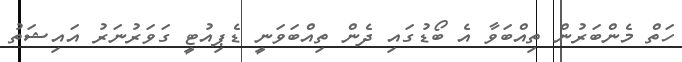
ހަތް މެންބަރުން ތިއްބަވާ އެ ބޯޑުގައި ދެން ތިއްބަވަނީ ޑެޕިއުޓީ ގަވަރުނަރު އައިޝަތު